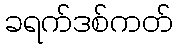
ခရက်ဒစ်ကတ်